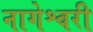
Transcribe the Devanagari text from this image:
नागेश्वरी